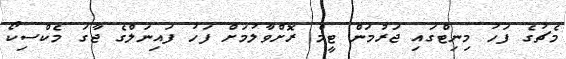
މެޗުގެ ފަހު މިނިޓްގައި ޖަރުމަން ޓީމް ރޮށްވާލުމަށް ފަހު ފައިނަލްގެ ޖާގަ މެކްސިކޯ